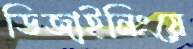
ডিজাইনিংয়ে